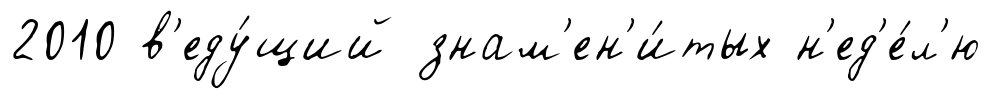
2010 в'еду́щий знам'ен'и́тых н'ед'е́л'ю